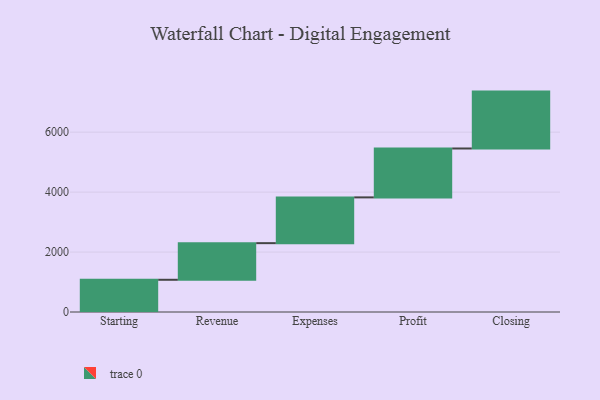
{"axis": {"x": "Step", "y": "Value"}, "legend": [""], "data": [{"x": "Starting", "y": 1075.0, "type": ""}, {"x": "Revenue", "y": 1222.0, "type": ""}, {"x": "Expenses", "y": 1527.0, "type": ""}, {"x": "Profit", "y": 1631.0, "type": ""}, {"x": "Closing", "y": 1898.0, "type": ""}]}